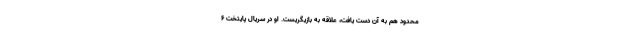
محدود هم به آن دست یافت، علاقه به بازیگریست. او در سریال پایتخت ۶